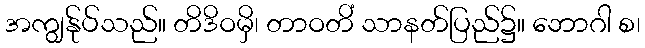
အကျွန်ုပ်သည်။ တိဒိဝမှိ၊ တာဝတိံ သာနတ်ပြည်၌။ ဘောဂါ စ၊